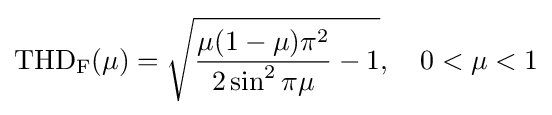
\operatorname {THD_{F}} (\mu )={\sqrt {{\frac {\mu (1-\mu )\pi ^{2}}{2\sin ^{2}\pi \mu }}-1}},\quad 0<\mu <1